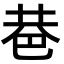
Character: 𢀼